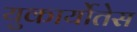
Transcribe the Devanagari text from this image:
युकार्योतेस